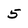
Character: 5